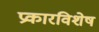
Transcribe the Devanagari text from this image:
प्रकारविशेष